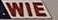
WIE